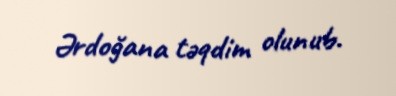
Ərdoğana təqdim olunub.